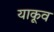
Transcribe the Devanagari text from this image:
याकूव